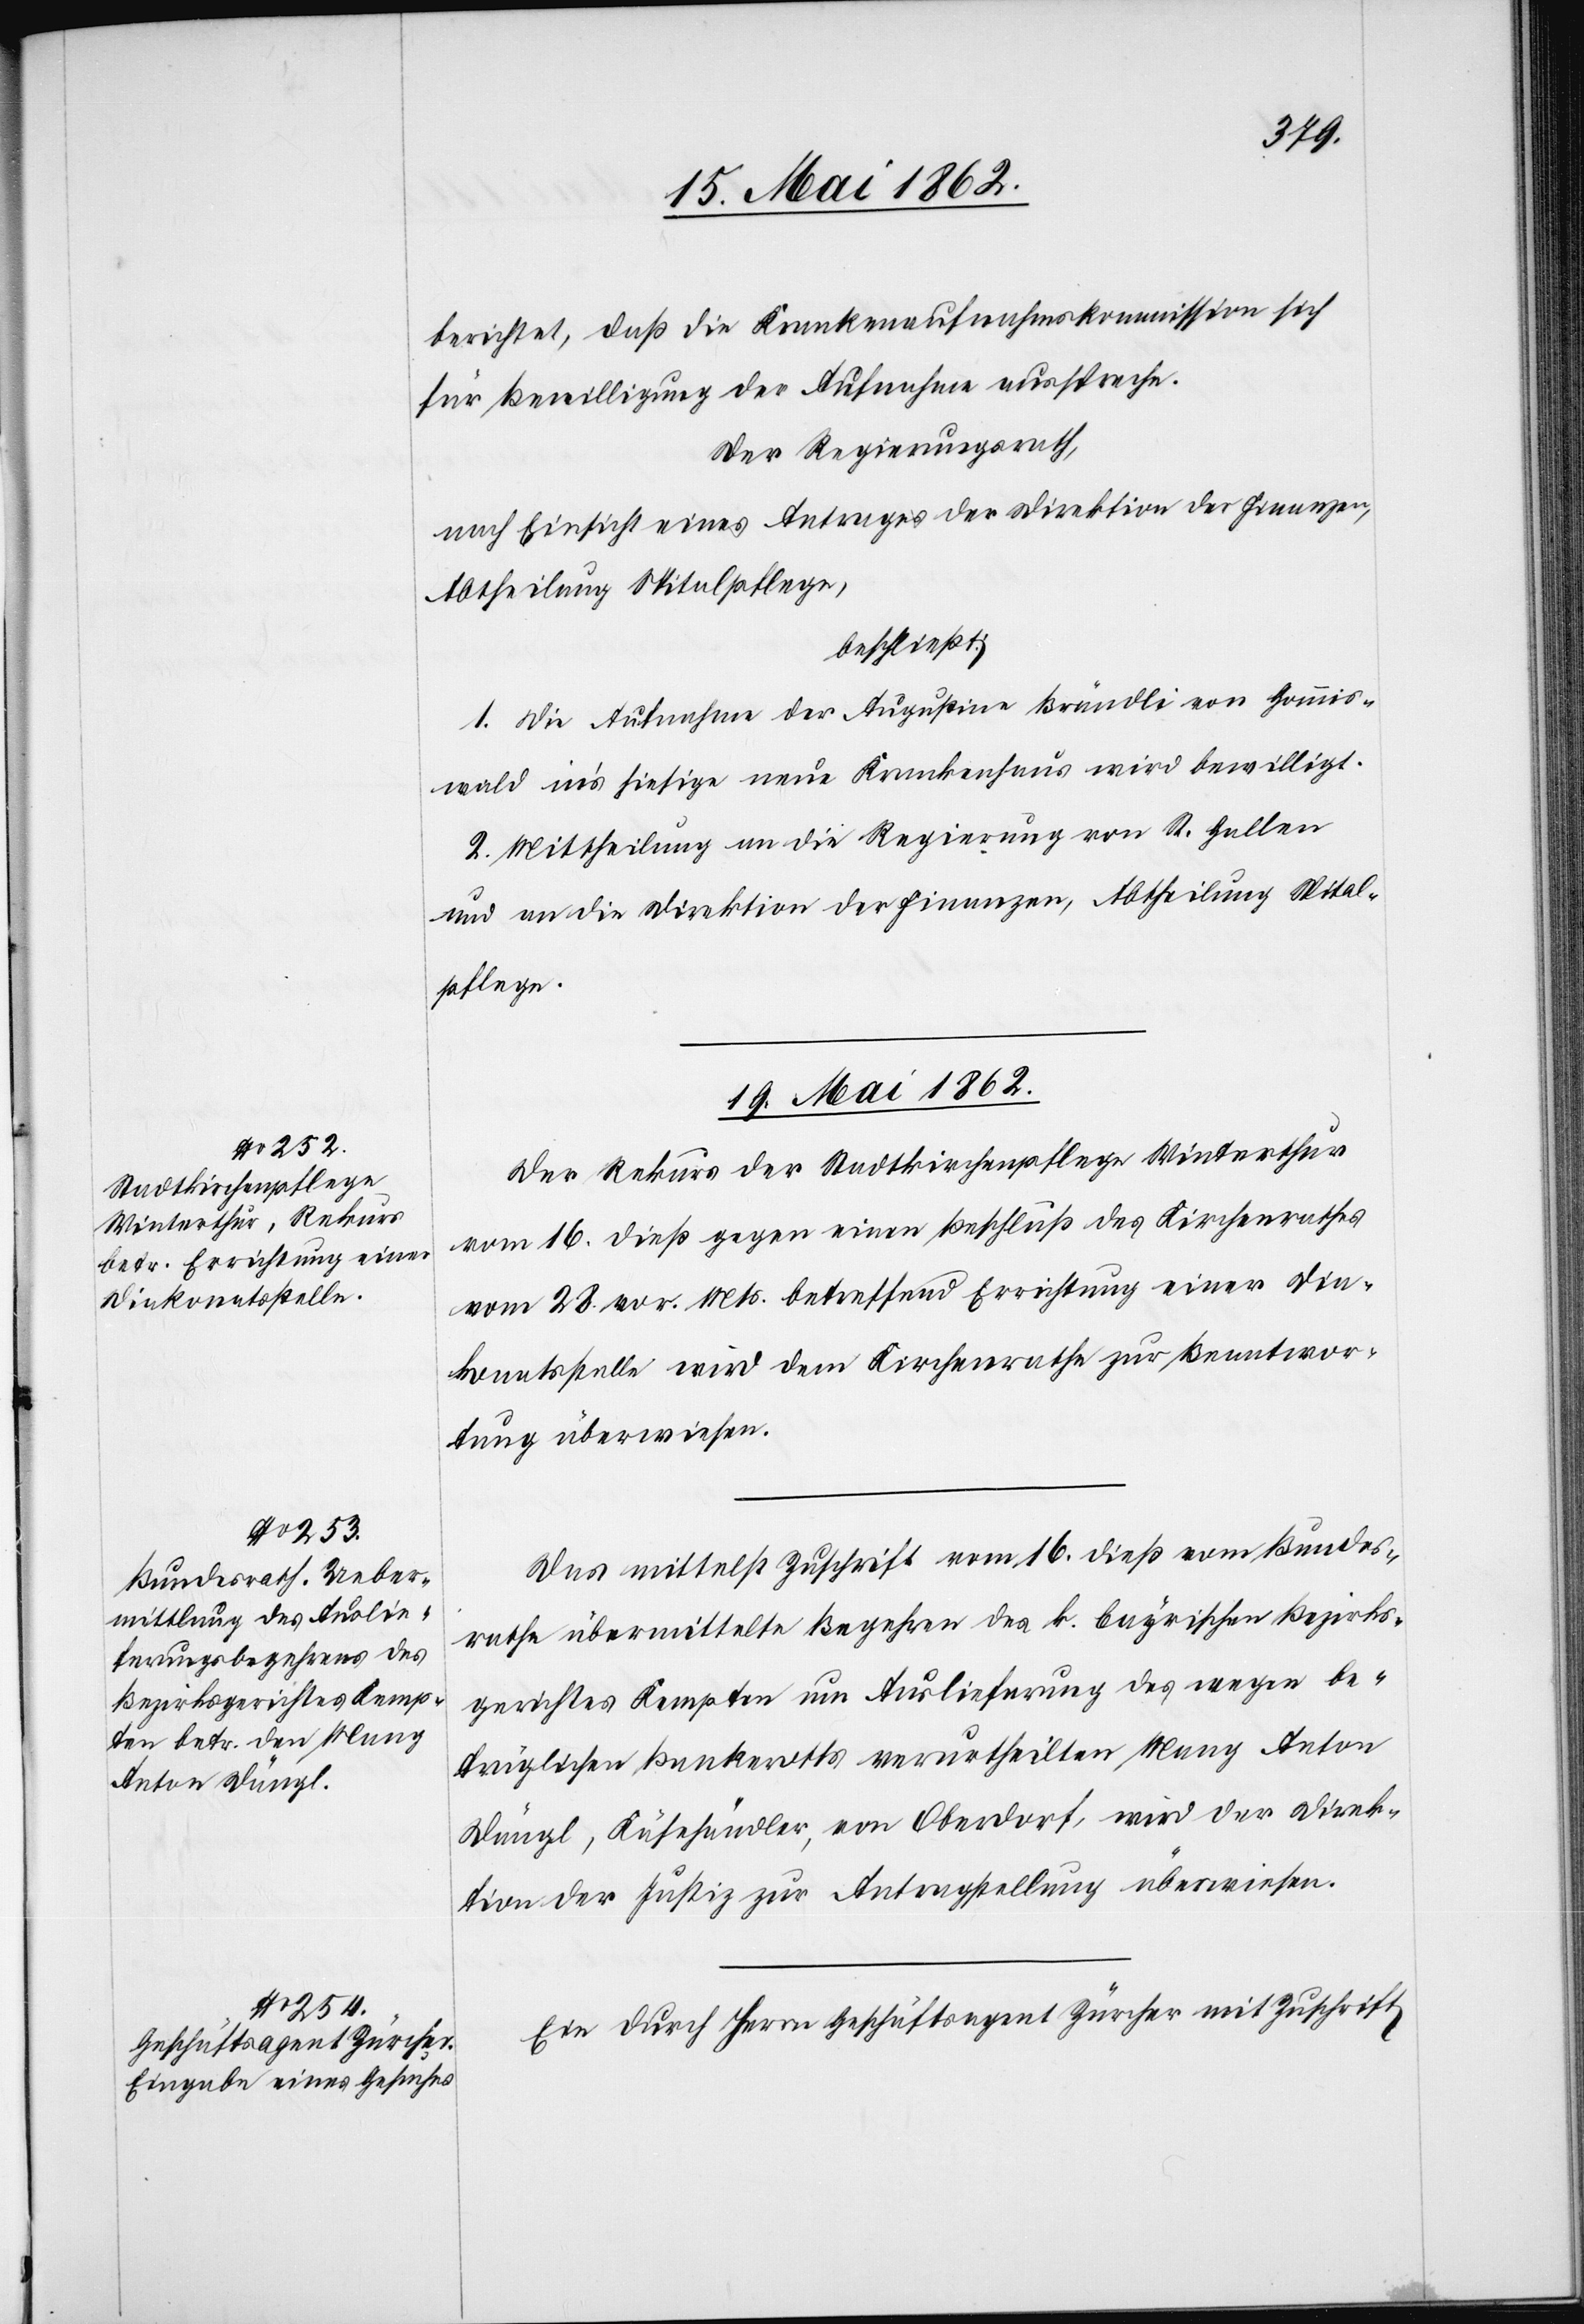
berichtet, daß die Krankenaufnahmskommission sich
für Bewilligung der Aufnahme ausspreche.
Der Regierungsrath,
nach Einsicht eines Antrages der Direktion der Finanzen,
Abtheilung Spitalpflege,
beschließt:
1. Die Aufnahme der Augustine Brändli von Gommis¬
wald in’s hiesige neue Krankenhaus wird bewilligt.
2. Mittheilung an die Regierung von St. Gallen
und an die Direktion der Finanzen, Abtheilung Spital¬
pflege.
19. Mai 1862.]
Der Rekurs der Stadtkirchenpflege Winterthur
vom 16. dieß gegen einen Beschluß des Kirchenrathes
vom 28. vor. Mts. betreffend Errichtung einer Dia¬
konatsstelle wird dem Kirchenrathe zur Beantwor¬
tung überwiesen.
Das mittelst Zuschrift vom 16. dieß vom Bundes¬
rathe übermittelte Begehren des k. bayerischen Bezirks¬
gerichtes Kempten um Auslieferung des wegen be¬
trüglichen Bankerotts verurtheilten Many Anton
Dängl, Käsehändler, von Oberdorf, wird der Direk¬
tion der Justiz zur Antragstellung überwiesen.
Ein durch Herrn Geschäftsagent Zürcher mit Zuschrift